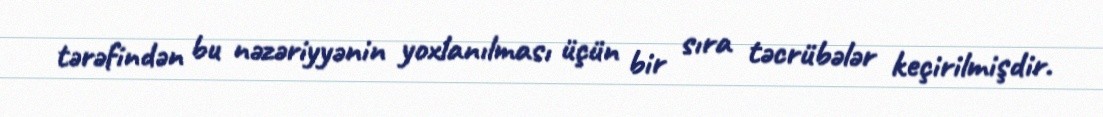
tərəfindən bu nəzəriyyənin yoxlanılması üçün bir sıra təcrübələr keçirilmişdir.